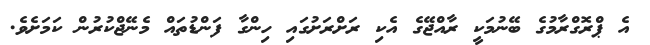
އެ ޕްރޮގްރާމުގެ ބޭނުމަކީ ރާއްޖޭގެ އެކި ރަށްރަށުގައި ހިންގާ ފަންޑުތައް މެނޭޖްކުރުން ކަމަށެވެ.